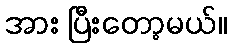
အား ပြီးတော့မယ်။